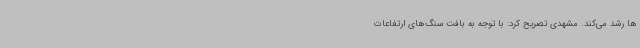
ها رشد می‌کند. مشهدی تصریح کرد: با توجه به بافت سنگ‌های ارتفاعات